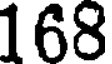
168